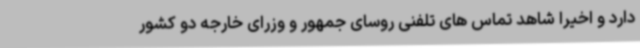
دارد و اخیراً شاهد تماس های تلفنی روسای جمهور و وزرای خارجه دو کشور